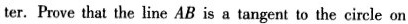
ter. Prove that the line AB is a tangent to the circle on